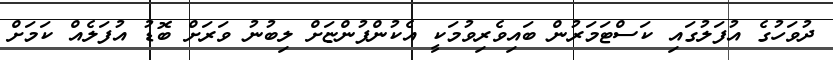
ދުވަހުގެ އުފަލުގައި ކަސްޓަމަރުން ބައިވެރިވުމަކީ އެކުންފުންޏަށް ލިބުނު ވަރަށް ބޮޑު އުފަލެއް ކަމަށް